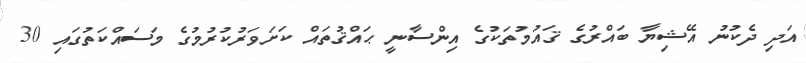
އަދި ދެކުނު އޭޝިޔާ ބައްރުގެ ޤައުމުތަކުގެ އިންސާނީ ޙައްޤުތައް ކަށަވަރުކުރުމުގެ މަސައްކަތުގައި 30